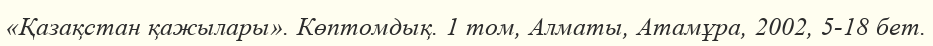
«Қазақстан қажылары». Көптомдық. 1 том, Алматы, Атамұра, 2002, 5-18 бет.